Report on vaccination in Madras 1877-1894 - 1877-1894
Year: 1877
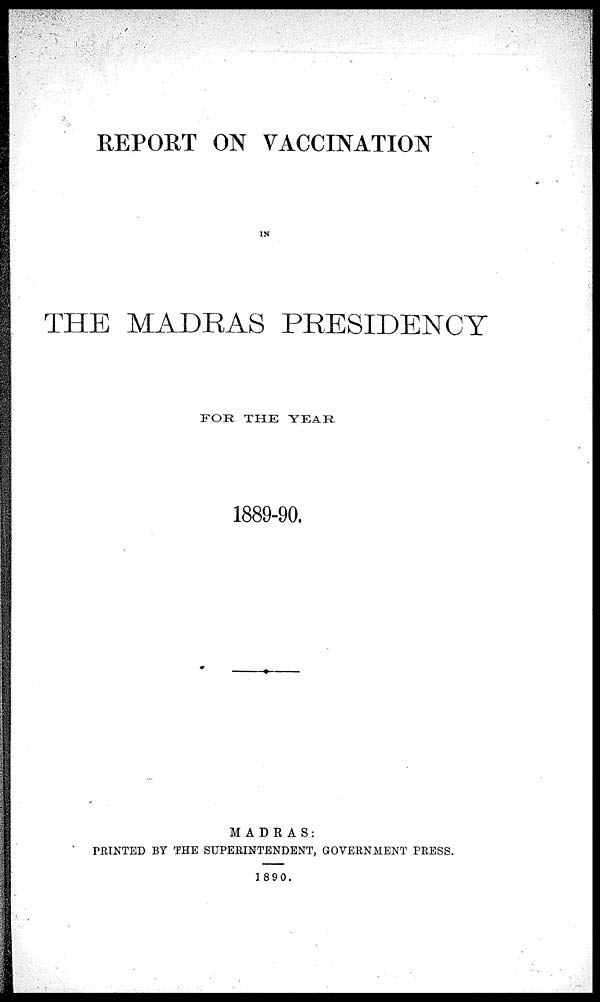
REPORT ON VACCINATION
IN
THE MADRAS PRESIDENCY
FOR THE YEAR
1889-90.
MADRAS:
PRINTED BY THE SUPERINTENDENT, GOVERNMENT PRESS.
1890.